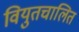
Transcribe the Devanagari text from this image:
वियुतचालित